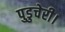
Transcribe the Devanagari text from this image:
पुडुचेरी।